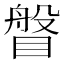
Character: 𥈼